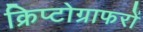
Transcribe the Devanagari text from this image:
क्रिप्टोग्राफरों